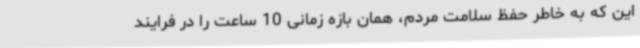
این که به خاطر حفظ سلامت مردم، همان بازه زمانی 10 ساعت را در فرایند